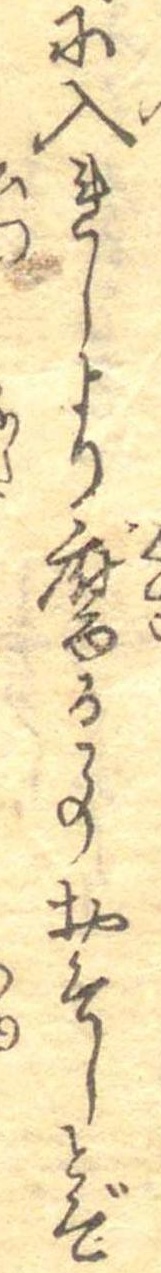
に入れしより腐る事おそしとぞ